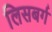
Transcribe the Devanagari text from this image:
लिसबर्ग